Civil Veterinary Department Bihar & Orissa reports 1922-29 - 1922-1929
Year: 1922
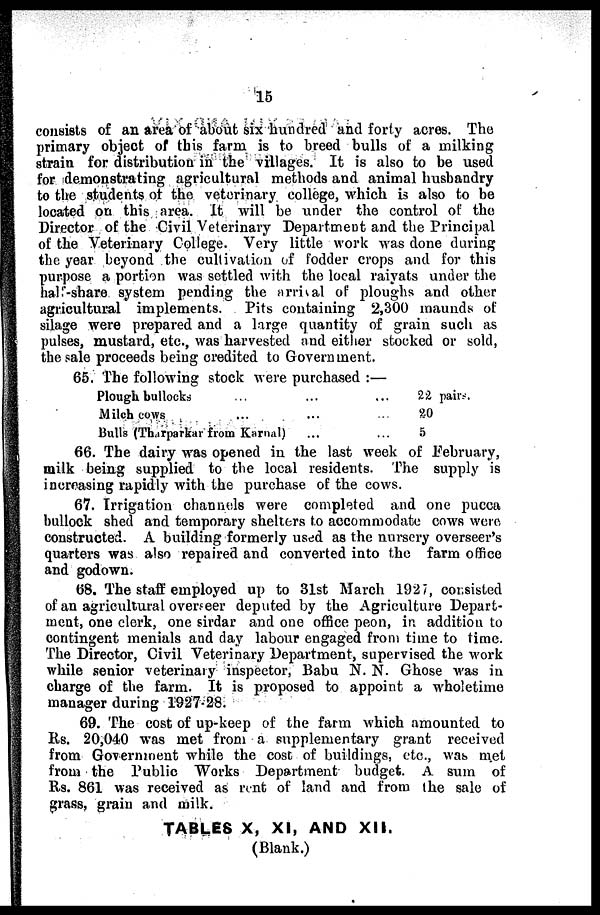
15
consists of an area of about six hundred and forty acres. The
primary object of this farm is to breed bulls of a milking
strain for distribution in the "villages. It is also to be used
for demonstrating agricultural methods and animal husbandry
to the students of the veterinary college, which is also to be
located on this area. It will be under the control of the
Director of the Civil Veterinary Department and the Principal
of the Veterinary College. Very little work was done during
the year beyond the cultivation of fodder crops and for this
purpose a portion was settled with the local raiyats under the
hal -share system pending the arrival of ploughs and other
agricultural implements.
Pits containing 2,300 maunds of
silage were prepared and a large quantity of grain such as
pulses, mustard, etc., was harvested and either stocked or sold,
the sale proceeds being credited to Government.
65. The following stock were purchased :—
Plough bullocks
...
...
22 pairs.
Milch cows
...
...
...
20
Bulls (Tharparkar from Karnal)
...
...
5
66. The dairy was opened in the last week of February,
milk being supplied to the local residents. The supply is
increasing rapidly with the purchase of the cows.
67. Irrigation channels were completed and one pucca
bullock shed and temporary shelters to accommodate cows were
constructed. A building formerly used as the nursery overseer's
quarters was also repaired and converted into the farm office
and godown.
68. The staff employed up to 31st March 192 7, consisted
of an agricultural overseer deputed by the Agriculture Depart-
ment, one clerk, one sirdar and one office peon, in addition to
contingent menials and day labour engaged from time to time.
The Director, Civil Veterinary Department, supervised the work
while senior veterinary inspector, Babu N. N. Ghose was in
charge of the farm. It is proposed to appoint a wholetimo
manager during 1927-28.
69. The cost of up-keep of the farm which amounted to
Rs. 20,040 was met from a supplementary grant received
from Government while the cost of buildings, etc., was met
from the Public Works Department budget. A sum of
Rs. 861 was received as rent of land and from the sale of
grass, grain and milk.
TABLES X, XI, AND XII.
(Blank.)